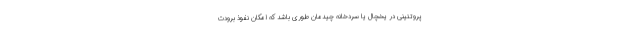
پروتئینی در یخچال یا سردخانه چیدمان طوری باشد که امکان نفوذ برودت